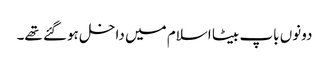
دونوں باپ بیٹا اسلام میں داخل ہوگئے تھے۔